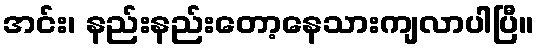
အင်း၊ နည်းနည်းတော့နေသားကျလာပါပြီ။